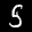
Label: 5